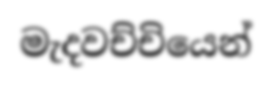
මැදවච්චියෙන්